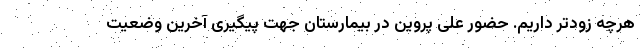
هرچه زودتر داریم. حضور علی پروین در بیمارستان جهت پیگیری آخرین وضعیت